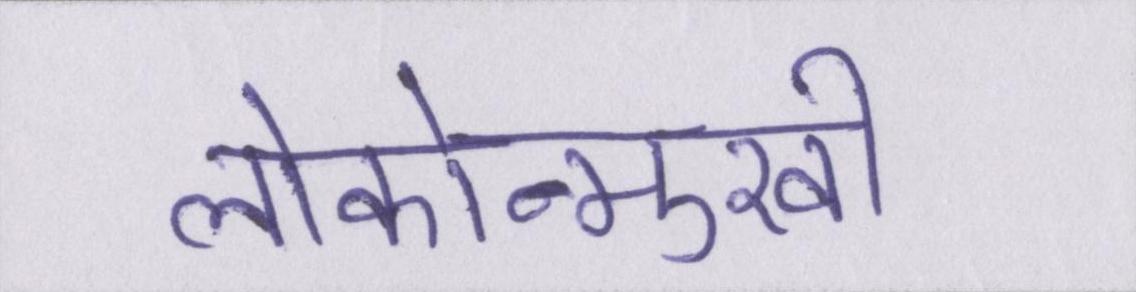
लोकोन्मुखी